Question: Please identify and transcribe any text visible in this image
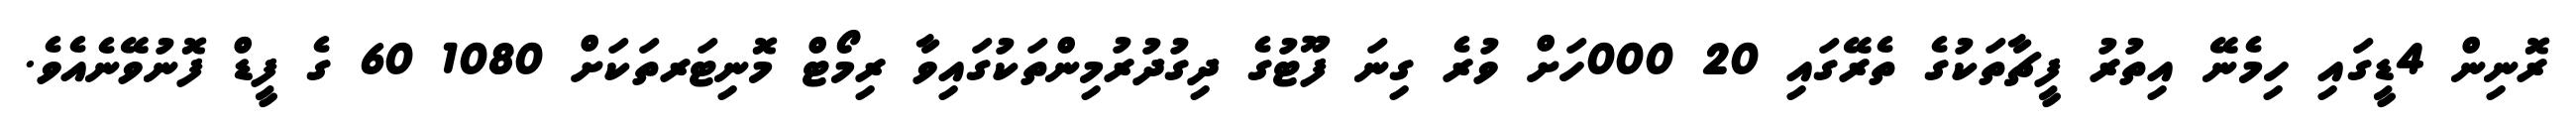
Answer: ރޮނިން 4ޑީގައި ހިމެނޭ އިތުރު ފީޗާތަކުގެ ތެރޭގައި 20 000ހަށް ވުރެ ގިނަ ފޫޓުގެ ދިގުދުރުމިންތަކުގައިވާ ރިމޯޓް މޮނިޓަރތަކަށް 1080 60 ގެ ފީޑް ފޮނުވޭނެއެވެ.